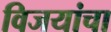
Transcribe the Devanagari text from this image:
विजयांचा